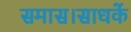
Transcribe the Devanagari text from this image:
समास।साधकें